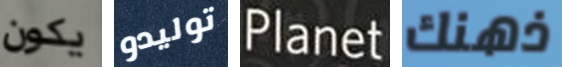
يكون توليدو Planet ذهنك